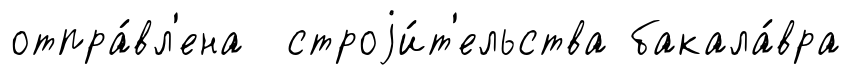
отпра́вл'ена строjи́т'ельства бакала́вра